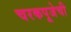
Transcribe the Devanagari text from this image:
चरकपूजेची